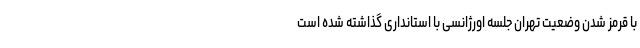
با قرمز شدن وضعیت تهران جلسه اورژانسی با استانداری گذاشته شده است